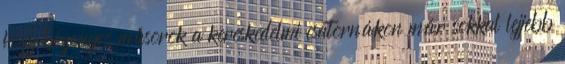
hogy bizonyos műsorok a kereskedelmi csatornákon már sokkal lejjebb